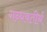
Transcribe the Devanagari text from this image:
गन्धवतीर्थ